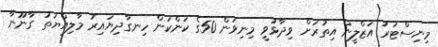
މިނިސްޓަރު އަޒްލީން އިތުރަށް ވިދާޅުވީ މިނިވަން 50ގެ ކަންކަން ހިނގާދިޔައިރު މާލިއްޔަތު ގާނޫނާ